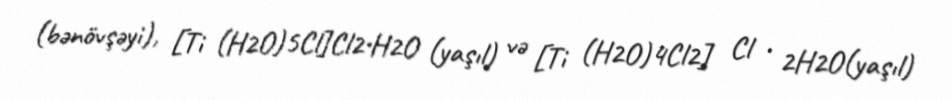
(bənövşəyi), [Ti (H2O)5Cl]Cl2•H2O (yaşıl) və [Ti (H2O)4Cl2] Cl • 2H2O(yaşıl)